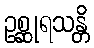
ဥစ္ဆုရသန္တိ